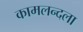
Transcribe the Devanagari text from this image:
कामलन्दला